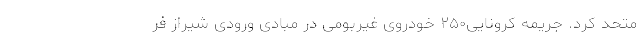
متحد کرد. جریمه کرونایی۲۵۰ خودروی غیربومی در مبادی ورودی شیراز فر